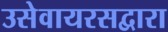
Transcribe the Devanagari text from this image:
उसेवायरसद्वारा